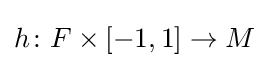
h\colon F\times [-1,1]\to M